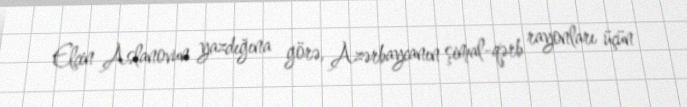
Elçin Aslanovun yazdığına görə, Azərbaycanın şimal-qərb rayonları üçün